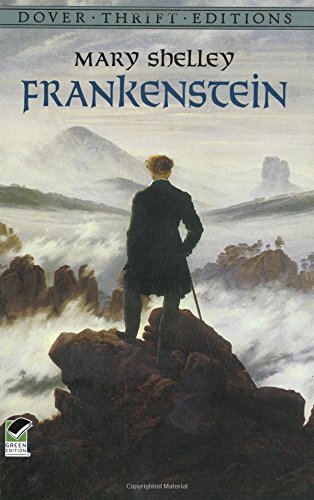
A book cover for Frankenstein; Mary Shelley; Literature & Fiction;